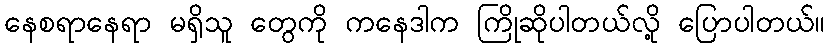
နေစရာနေရာ မရှိသူ တွေကို ကနေဒါက ကြိုဆိုပါတယ်လို့ ပြောပါတယ်။